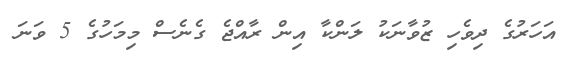
އަހަރުގެ ދިވެހި ޒުވާނަކު ލަންކާ އިން ރާއްޖެ ގެނެސް މިމަހުގެ 5 ވަނަ